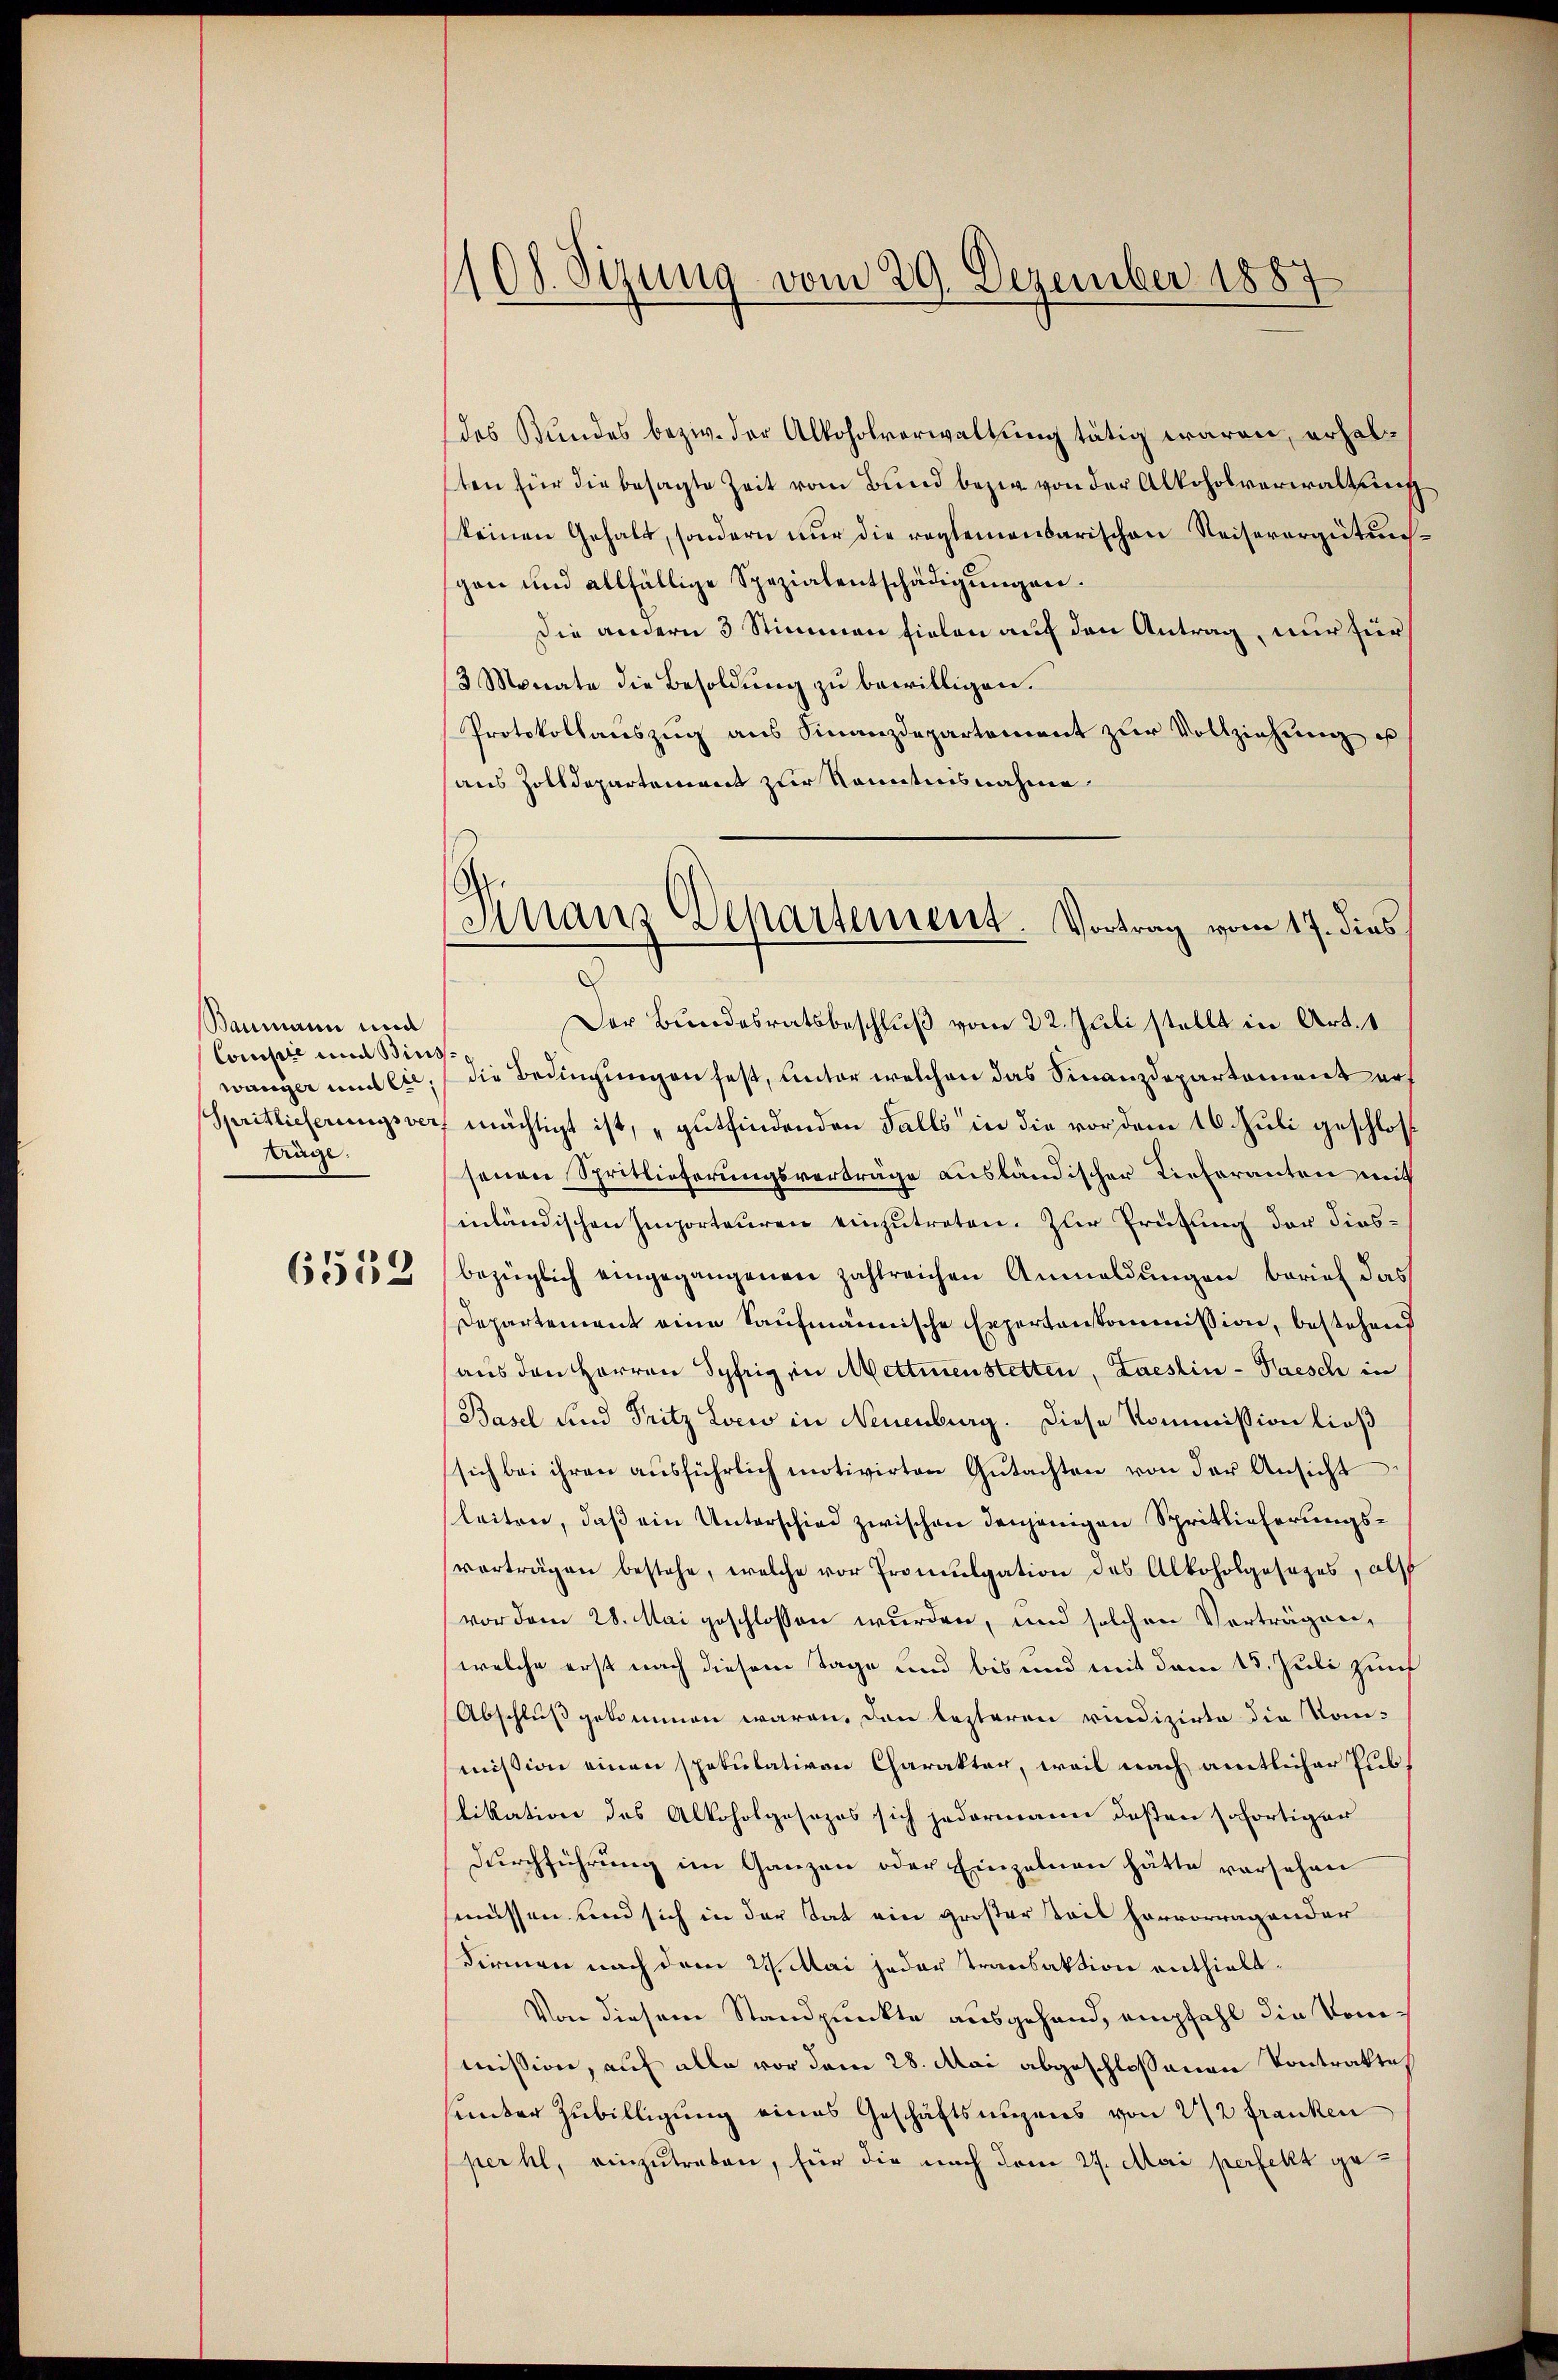
Baumann und
Consile und Binswaniger und sie,
träge.

6552

110f. Sizung vom 29. Dezember 1887

(Finanz Departement. Vortrag vom 17. dies

(des Bundes bezw. der Alkoholverwaltung tätig waren, erhalten für die besagte Zeit vom Bund bezw. von der Alkoholverwaltung
keinen Gehalt, sondern nur die reglementarischen Reiserergütunggen und allfällige Spezialentschädigungen.
Die andern 3 Stimmen fielen auf den Antrag, nur für
3 Monate die Besoldung zu bewilligen.
Protokollauszug aus Finanzdepartement zur Vollziehung es
aus Zolldepartement zur Kenntnisnahme
Der Bundesratsbeschluß vom 22. Juli stellt in Art. 1
die Bedingungen fest, unter welchen das Finanzdepartement auf
Spritlicherungsvert mächtigt ist, „gutfindenden Falls in die vor dem 16 Juli geschlossenen Spritlieferungsverträge ausländischer Tieferanten mit
inländischen Importeuren einzutreten. Zur Prüfung der diesbezüglich eingegangenen zahlreichen Anmeldungen berief das
Departement eine Kaufmännische Expertenkommission, bestehend
aus den Herren Syfrig in Mettmenstetten, Laestin-Paesch in
(Basel und Fritz Loew in Neuenburg. Diese Kommission ließ
sich bei ihren ausführlich motivirten Gutachten von der Ansicht
leiten, daß ein Unterschied zwischen denjenigen Spritlieferungsvorträgen bestehe, welche vor Promulgation des Alkoholgesezes, als
vor dem 28. Mai geschlossen wurden, und solchen Vorträgen,
welche erst nach diesem Tage und bis und mit dem 15. Juli zunf
Abschluß gekommen waren. Den lezteren vindizirte die Kom-
mission einen spekulativen Charakter, weil nach amtlicher Publikation des Alkoholgesezes sich jedermann deßen sofortiger
Durchführung im Ganzen oder Einzelnen hätte vorsehen
müssen und sich in der Stat ein großer Teil hervorragander
Firmen nach dem 29. Mai jeder Transaktion enthielt¬
Von diesem Standpunkte ausgehand, empfahl die Vommission, auf alle vor dem 28. Mai abgeschlossenen Kontrakte
hunter Zubilligung eines Geschäftsanzens von 272 franken
perhl, einzutreten, für die nach vom 27. Mai perfellt ge¬